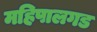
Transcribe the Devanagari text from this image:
महिपालगड